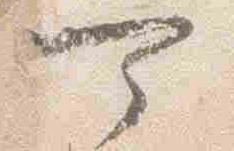
可